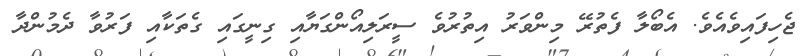
ޖެހިފައިވެއެވެ. އެބޯލާ ފެތުރޭ މިންވަރު އިތުރުވެ ސީރަލިއޯންގަޔާއި ގިނީގައި ގެތަކާއި ފަރުވާ ދެމުންދާ